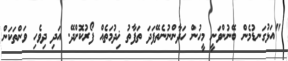
"އަޅުގަނޑުމެން ބޭނުންވަނީ މީހުން ހަދާންނުނެތޭފަދަ ތަފާތު ޚިދުމަތެއް ފޯރުކޮށްދޭ. އަދި ދިވެހި ވަންތަކަން